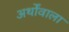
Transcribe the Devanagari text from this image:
अर्थोंवाला